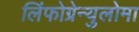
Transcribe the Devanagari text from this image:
लिंफोग्रेन्युलोमा